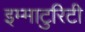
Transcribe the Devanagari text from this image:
इम्माटुरिटी